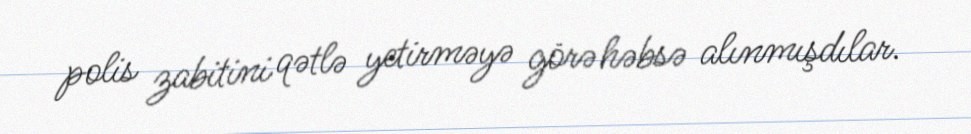
polis zabitini qətlə yetirməyə görə həbsə alınmışdılar.